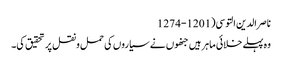
ناصر الدین التوسی(1201-1274
وہ پہلے خلائی ماہر ہیں جنھوں نے سیاروں کی حمل ونقل پر تحقیق کی۔